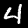
Digit: 4